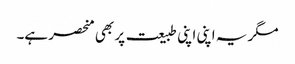
مگر یہ اپنی اپنی طبیعت پر بھی منحصر ہے۔